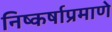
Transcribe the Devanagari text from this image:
निष्कर्षाप्रमाणे